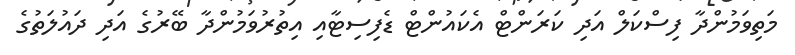
މަތިވަމުންދާ ފިސްކަލް އަދި ކަރަންޓް އެކައުންޓް ޑެފިސިޓާއި އިތުރުވަމުންދާ ބޭރުގެ އަދި ދައުލަތުގެ